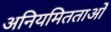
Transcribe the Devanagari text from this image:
अनियमितताओँ